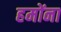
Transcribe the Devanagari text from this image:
हमोंना